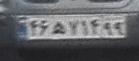
۴۶ه۷۱۴۹۹